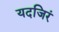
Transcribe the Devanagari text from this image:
यदजिरं